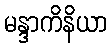
မန္ဒာကိနိယာ